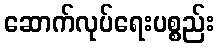
ဆောက်လုပ်ရေးပစ္စည်း